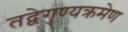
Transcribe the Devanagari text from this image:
तद्वेगुण्यक्रमेण